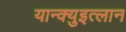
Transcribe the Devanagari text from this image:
यान्क्युइत्लान